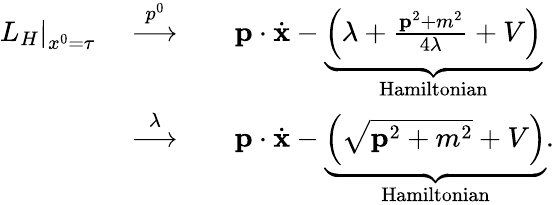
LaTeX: \begin{array}{rl}{\left.L_{H}\right|_{x^{0}=\tau}\quad\stackrel{p^{0}}{\longrightarrow}}&{\quad{\mathbf p}\cdot\dot{\mathbf x}-\underbrace{\left(\lambda+\frac{{\mathbf p}^{2}+m^{2}}{4\lambda}+V\right)}_{\mathrm{Hamiltonian}}}\\ {\quad\stackrel{\lambda}{\longrightarrow}}&{\quad{\mathbf p}\cdot\dot{\mathbf x}-\underbrace{\left(\sqrt{{\mathbf p}^{2}+m^{2}}+V\right)}_{\mathrm{Hamiltonian}}.}\end{array}